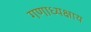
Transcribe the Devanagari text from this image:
गणाध्यक्षाय